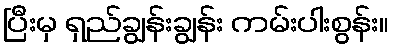
ပြီးမှ ရှည်ချွန်းချွန်း ကမ်းပါးစွန်း။